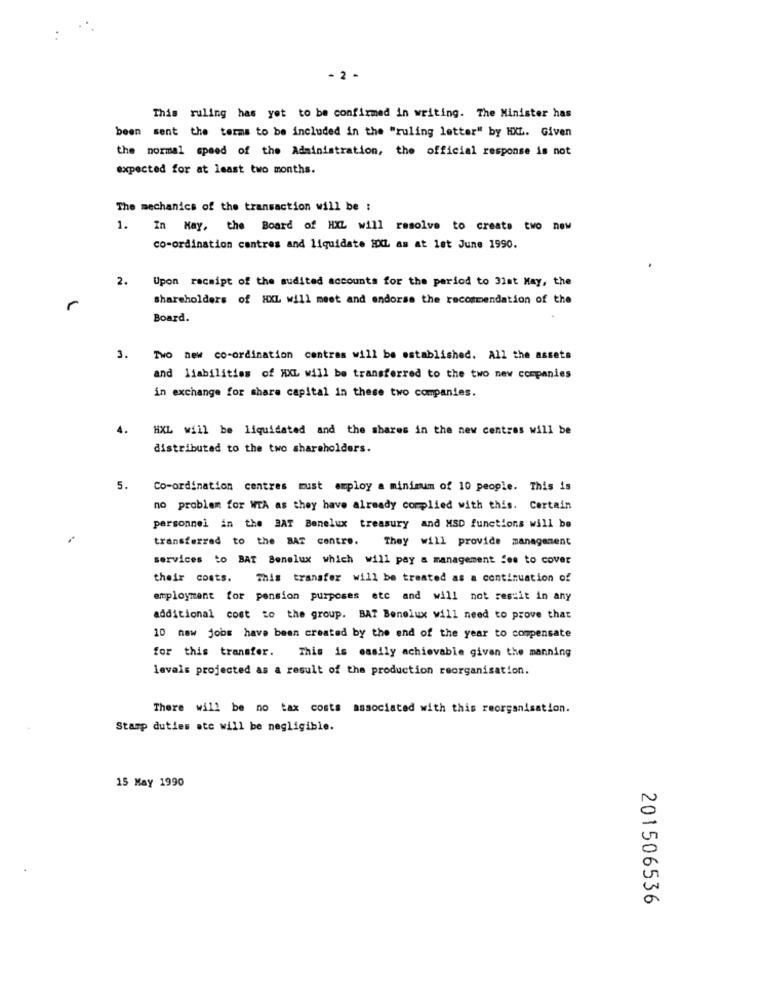
- 2 -
This ruling has yet to be confirmed in writing. The Minister has
been sent the terms to be included in the "ruling letter" by HXL. Given
the normal speed of the Administration, the official response is not
expected for at least two months.
The mechanics of the transaction will be :
1.
In May, the Board of HXL will resolve to create two new
co-ordination centres and liquidate IDXCL am at let June 1990.
2.
Upon receipt of the audited accounts for the period to 31st May, the
shareholders of HXL will meet and endorse the recommendation of the
Board.
3. Two new co-ordination centres will be established. All the assets
and liabilities of HXL will be transferred to the two new companies
in exchange for share capital in these two companies.
HXL will be liquidated and the shares in the new centres will be
distributed to the two shareholders.
5.
Co-ordination centres must employ a minimum of 10 people. This is
no problem for WTA as they have already complied with this. Certain
personnel in the BAT Benelux treasury and MSD functions will be
transferred to the BAT contre.
They will provide management
services to BAT Benelux which will pay a management fee to cover
their costs.
This transfer will be treated as a continuation of
employment for pension purposes etc and will not res:it in any
additional cost to the group. BAT Benelux will need to prove that
10 new jobs have been created by the end of the year to compensate
for this transfer. This is easily achievable given the manning
lavals projected as a result of the production reorganisation.
There will be no tax costs associated with this reorganisation.
Stamp duties ate will be negligible.
15 May 1990
201506536